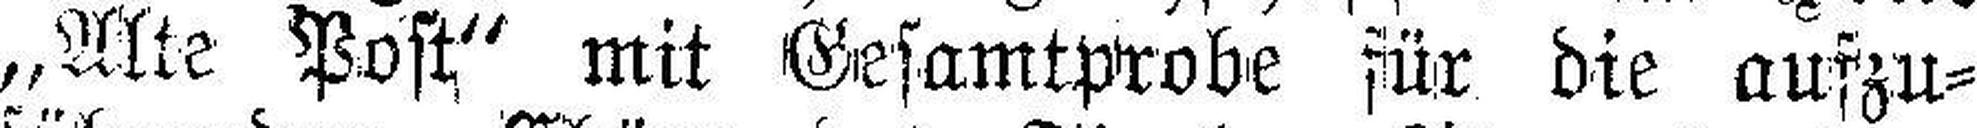
„Alte Post“ mit Gesamtprobe für die aufzu¬